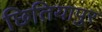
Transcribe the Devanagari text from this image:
छितियापुर